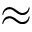
\approx